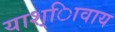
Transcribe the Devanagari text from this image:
याश्ािवाय